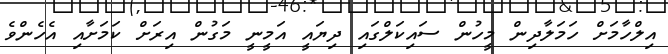
އިލްހާމަށް ހަމަލާދިން މީހުން ސައިކަލްގައި ދިޔައީ އަމީނީ މަގުން އިރަށް ކަމަށާއި އެހެންވެ